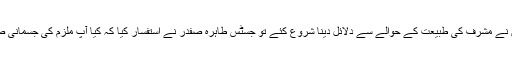
استغاثہ کے وکیل ڈاکٹر طارق حسن نے مشرف کی طبیعت کے حوالے سے دلائل دینا شروع کئے تو جسٹس طاہرہ صفدر نے استفسار کیا کہ کیا آپ ملزم کی جسمانی صحت کے خلاف بات کررہے ہیں ؟